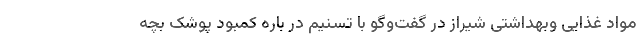
مواد غذایی وبهداشتی شیراز در گفت‌وگو با تسنیم در باره کمبود پوشک بچه